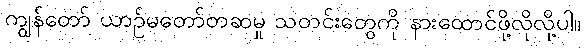
ကျွန်တော် ယာဉ်မတော်တဆမှု သတင်းတွေကို နားထောင်ဖို့လိုလို့ပါ။